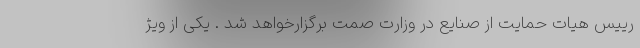
رییس هیات حمایت از صنایع در وزارت صمت برگزارخواهد شد . یکی از ویژ